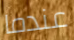
عندما